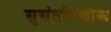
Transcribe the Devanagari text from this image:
सुसंततिशास्त्र